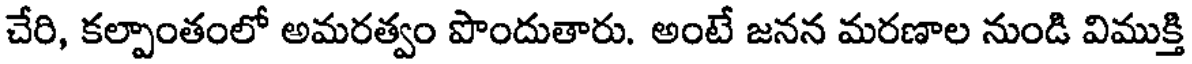
చేరి, కల్పాంతంలో అమరత్వం పొందుతారు. అంటే జనన మరణాల నుండి విముక్తి